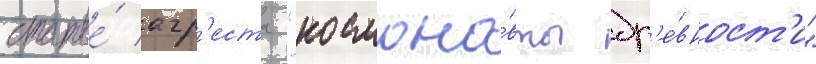
статье́ агр'еста "космона́вты др'е́вност'и"